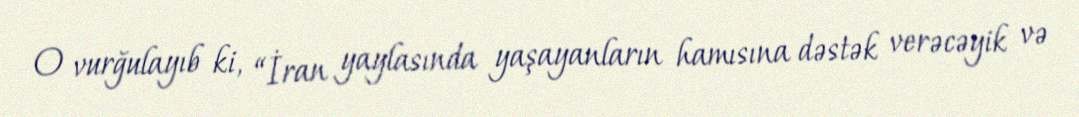
O vurğulayıb ki, “İran yaylasında yaşayanların hamısına dəstək verəcəyik və